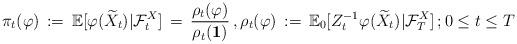
LaTeX: \begin{align*} \pi_{t} (\varphi ) \, :=\, \mathbb E [ \varphi ( \widetilde{X}_{t} ) \vert \mathcal F^{X}_{t}] \, =\, \frac{\rho_{t}(\varphi)}{\rho_{t}( {\bf 1}) } \, , \rho_{t}(\varphi) \, :=\, {\mathbb E}_{0} [ Z_{t}^{-1} \varphi ( \widetilde{X}_{t}) \vert \mathcal F^{X}_{T} ] \, ; 0 \le t \le T \, \end{align*}